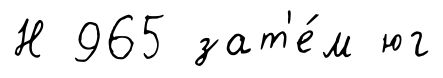
Н 965 зат'е́м юг